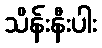
သိန်းနီးပါး